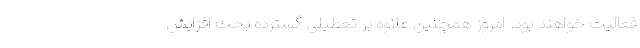
فعالیت خواهند بود. امروز همچنین علاوه بر تعطیلی گسترده بحث افزایش